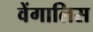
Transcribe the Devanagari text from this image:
वेंगालिस